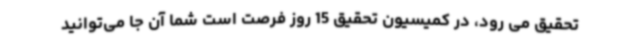
تحقیق می رود، در کمیسیون تحقیق 15 روز فرصت است شما آن جا می‌توانید